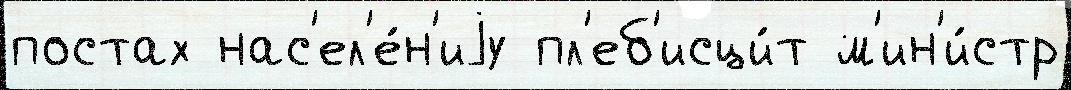
постах нас'ел'е́н'иjу пл'еб'исци́т м'ин'и́стр